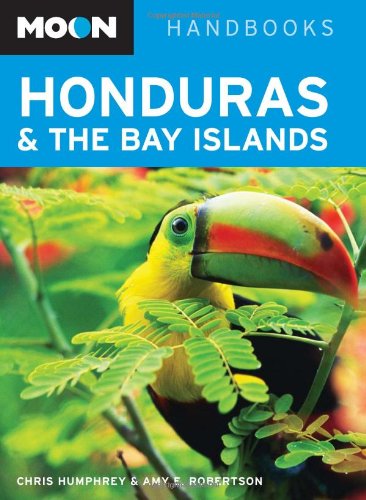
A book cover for Moon Honduras and the Bay Islands (Moon Handbooks); Chris Humphrey; Travel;